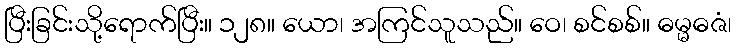
ပြီးခြင်းသို့ရောက်ပြီး။ ၁၂၈။ ယော၊ အကြင်သူသည်။ ဝေ၊ စင်စစ်။ ဓမ္မဓဇံ၊